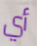
أي